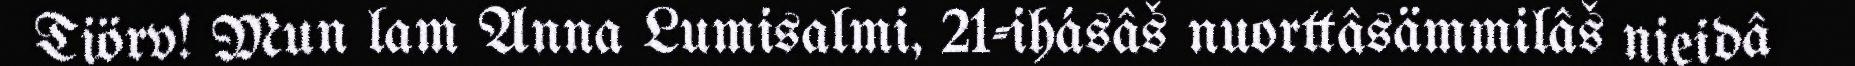
Tiörv! Mun lam Anna Lumisalmi, 21-ihásâš nuorttâsämmilâš nieidâ